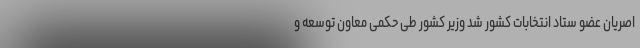
اصریان عضو ستاد انتخابات کشور شد وزیر کشور طی حکمی معاون توسعه و